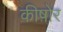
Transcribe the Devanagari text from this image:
कीष़ोर